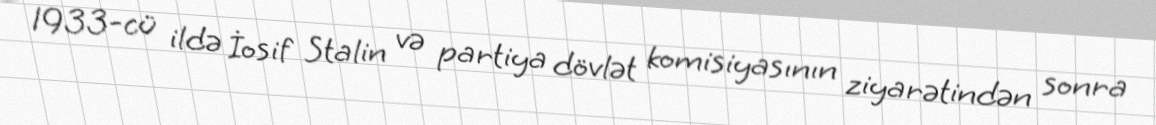
1933-cü ildə İosif Stalin və partiya dövlət komisiyasının ziyarətindən sonra